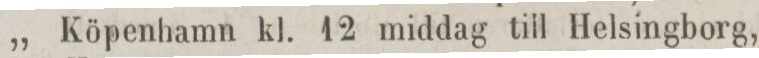
„ Köpenhamn kl. 12 middag till Helsingborg,